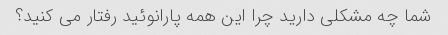
شما چه مشکلی دارید چرا این همه پارانوئید رفتار می کنید؟